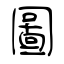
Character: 圖